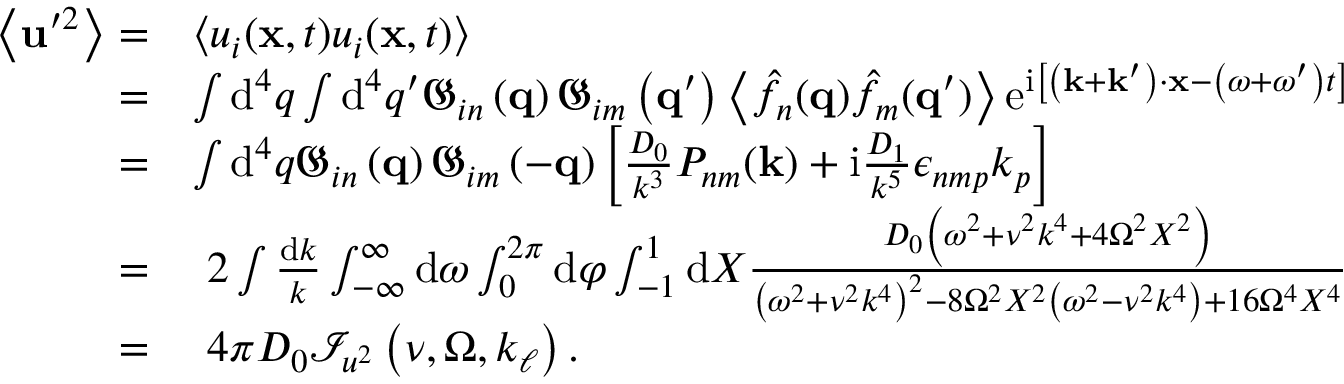
\begin{array} { r l } { \left\langle \mathbf { u } ^ { \prime 2 } \right\rangle = } & { \left\langle u _ { i } ( \mathbf { x } , t ) u _ { i } ( \mathbf { x } , t ) \right\rangle } \\ { = } & { \int \mathrm { d } ^ { 4 } q \int \mathrm { d } ^ { 4 } q ^ { \prime } \mathfrak { G } _ { i n } \left( \mathbf { q } \right) \mathfrak { G } _ { i m } \left( \mathbf { q } ^ { \prime } \right) \left\langle \hat { f } _ { n } ( \mathbf { q } ) \hat { f } _ { m } ( \mathbf { q } ^ { \prime } ) \right\rangle \mathrm { e } ^ { \mathrm { i } \left[ \left( \mathbf { k } + \mathbf { k } ^ { \prime } \right) \cdot \mathbf { x } - \left( \omega + \omega ^ { \prime } \right) t \right] } } \\ { = } & { \int \mathrm { d } ^ { 4 } q \mathfrak { G } _ { i n } \left( \mathbf { q } \right) \mathfrak { G } _ { i m } \left( - \mathbf { q } \right) \left[ \frac { D _ { 0 } } { k ^ { 3 } } P _ { n m } ( \mathbf { k } ) + \mathrm { i } \frac { D _ { 1 } } { k ^ { 5 } } \epsilon _ { n m p } k _ { p } \right] } \\ { = } & { \, \, 2 \int \frac { \mathrm { d } k } { k } \int _ { - \infty } ^ { \infty } \mathrm { d } \omega \int _ { 0 } ^ { 2 \pi } \mathrm { d } \varphi \int _ { - 1 } ^ { 1 } \mathrm { d } X \frac { D _ { 0 } \left( \omega ^ { 2 } + \nu ^ { 2 } k ^ { 4 } + 4 \Omega ^ { 2 } X ^ { 2 } \right) } { \left( \omega ^ { 2 } + \nu ^ { 2 } k ^ { 4 } \right) ^ { 2 } - 8 \Omega ^ { 2 } X ^ { 2 } \left( \omega ^ { 2 } - \nu ^ { 2 } k ^ { 4 } \right) + 1 6 \Omega ^ { 4 } X ^ { 4 } } } \\ { = } & { \, \, 4 \pi D _ { 0 } \mathcal { I } _ { u ^ { 2 } } \left( \nu , \Omega , k _ { \ell } \right) . } \end{array}